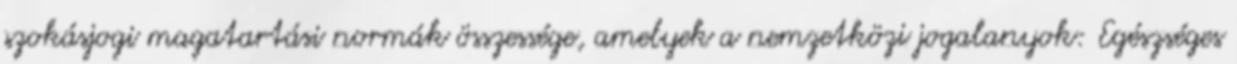
szokásjogi magatartási normák összessége, amelyek a nemzetközi jogalanyok: Egészséges